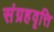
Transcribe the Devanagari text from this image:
संग्रहवृत्ति